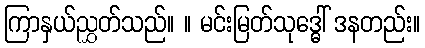
ကြာနှယ်ညွှတ်သည်။ ။ မင်းမြတ်သုဒ္ဓေါ် ဒနတည်း။